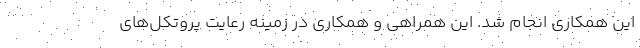
این همکاری انجام شد. این همراهی و همکاری در زمینه رعایت پروتکل‌های